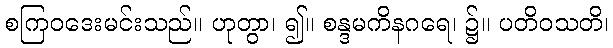
စကြဝဒေးမင်းသည်။ ဟုတွာ၊ ၍။ စန္ဒမကိနဂရေ၊ ၌။ ပတိဝသတိ၊